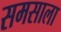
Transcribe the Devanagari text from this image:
समसाला